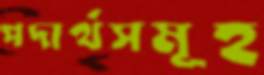
পদার্থসমূহ